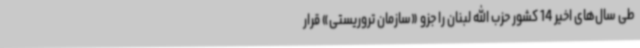
طی سال‌های اخیر 14 کشور حزب الله لبنان را جزو «سازمان تروریستی» قرار